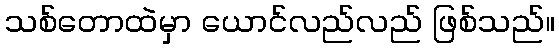
သစ်တောထဲမှာ ယောင်လည်လည် ဖြစ်သည်။